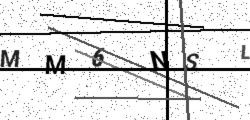
Text: MM6NSL